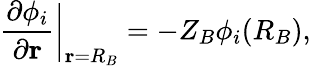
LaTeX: \frac{\partial\phi_{i}}{\partial\mathbf{r}}\bigg|_{\mathbf{r}=R_{B}}=-Z_{B}\phi_{i}(R_{B}),